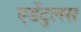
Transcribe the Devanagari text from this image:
एडेंटुलस